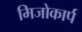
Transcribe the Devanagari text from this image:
मिजोकार्प